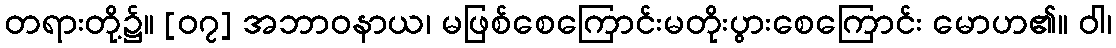
တရားတို့၌။ [၀၇] အဘာဝနာယ၊ မဖြစ်စေကြောင်းမတိုးပွားစေကြောင်း မောဟ၏။ ဝါ၊